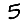
Digit: 5